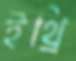
ইথ্রি